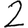
Digit: 2